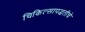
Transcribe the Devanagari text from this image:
चिकित्सापद्धतीचे